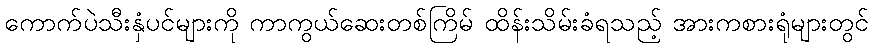
ကောက်ပဲသီးနှံပင်များကို ကာကွယ်ဆေးတစ်ကြိမ် ထိန်းသိမ်းခံရသည့် အားကစားရုံများတွင်